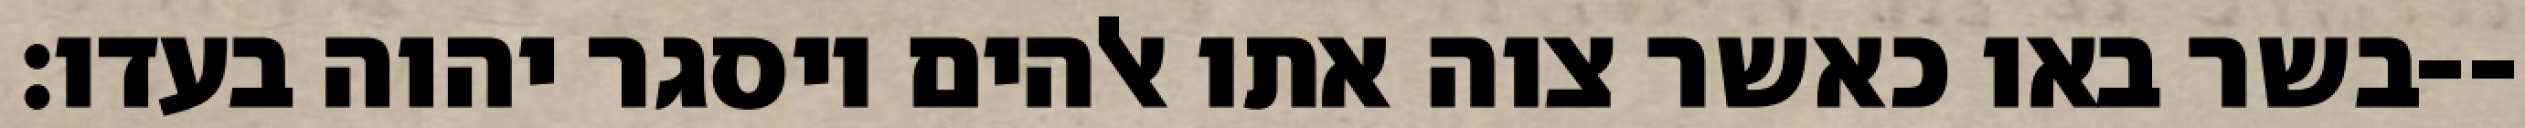
בשר באו כאשר צוה אתו אלהים ויסגר יהוה בעדו׃--